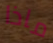
ماذا